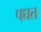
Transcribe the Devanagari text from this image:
पघत